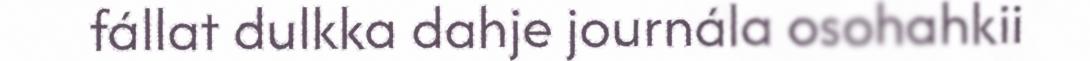
fállat dulkka dahje journála osohahkii